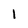
Character: l